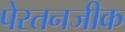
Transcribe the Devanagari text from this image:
पेस्तनजीक